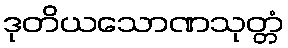
ဒုတိယသောဏသုတ္တံ